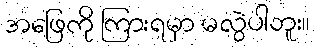
အဖြေကို ကြားရမှာ မလွဲပါဘူး။